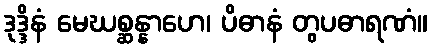
ဒုဒ္ဒိနံ မေဃစ္ဆန္နာဟေ၊ ပိဓာနံ တွပဓာရဏံ။